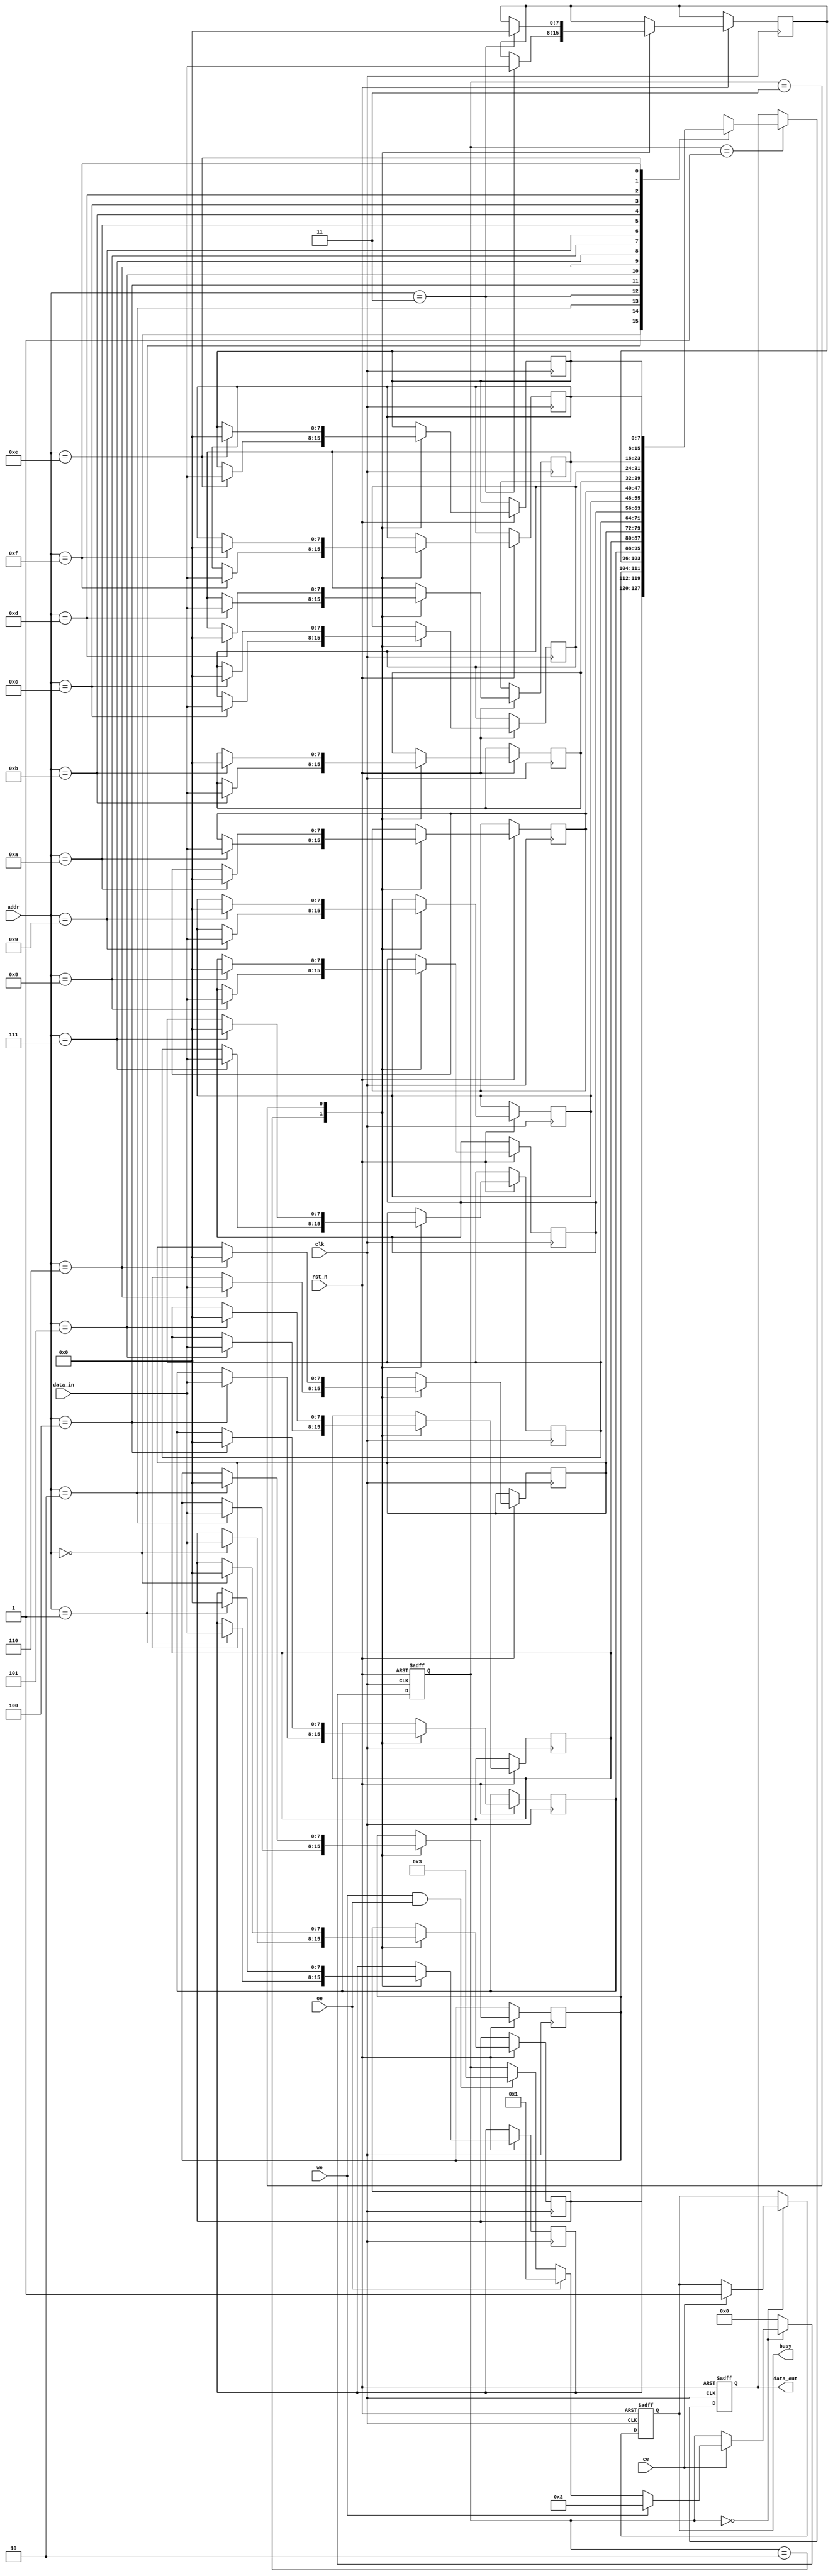
module slc_eeprom_io (
    input wire clk,             // Clock signal
    input wire rst_n,           // Active low reset
    input wire [7:0] data_in,   // Data input lines (D0-D7)
    input wire [3:0] addr,      // Address lines
    input wire we,              // Write enable
    input wire ce,              // Chip enable
    input wire oe,              // Output enable
    output reg [7:0] data_out,  // Data output lines
    output reg busy             // Busy signal
);

    // Memory array (8-bit wide, 16 cells for example)
    reg [7:0] memory [0:15];
    reg [3:0] state;            // State register
    localparam IDLE = 4'b0000, READ = 4'b0001, WRITE = 4'b0010, ERASE = 4'b0011;

    // State machine for operation control
    always @(posedge clk or negedge rst_n) begin
        if (!rst_n) begin
            state <= IDLE;
            busy <= 0;
            data_out <= 8'b0;
        end else begin
            case (state)
                IDLE: begin
                    if (ce) begin
                        if (we) begin
                            state <= WRITE;
                        end else if (oe) begin
                            state <= READ;
                        end else if (we && oe) begin
                            state <= ERASE;
                        end
                        busy <= 1;
                    end
                end
                READ: begin
                    data_out <= memory[addr]; // Read data from memory
                    state <= IDLE;
                end
                WRITE: begin
                    memory[addr] <= data_in; // Write data to memory
                    state <= IDLE;
                end
                ERASE: begin
                    memory[addr] <= 8'b0; // Erase cell (reset to 0)
                    state <= IDLE;
                end
                default: state <= IDLE;
            endcase
        end
    end

endmodule